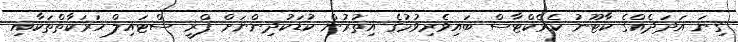
ގިނަ އަދަދެއްގެ ކާޓޫނު ކެރެކްޓާސް ބައިވެރިވުމުގެ އިތުރުން ކުޑަކުދިންނަށް ފްރީ ސްޓައިލް ހަރަކާތްތަކާއި